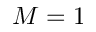
M = 1